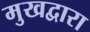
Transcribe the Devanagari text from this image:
मुखद्वारा